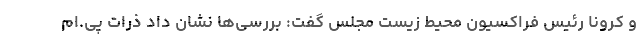
و کرونا رئیس فراکسیون محیط زیست مجلس گفت: بررسی‌ها نشان داد ذرات پی.ام